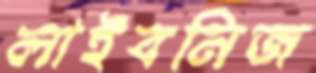
লাইবনিজ